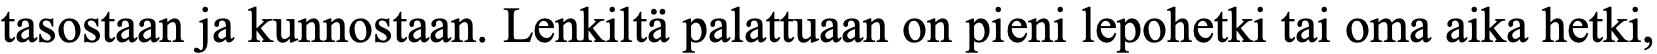
tasostaan ja kunnostaan. Lenkiltä palattuaan on pieni lepohetki tai oma aika hetki,